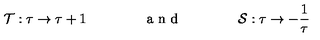
{ \cal T } : \tau \rightarrow \tau + 1 \qquad \qquad \textrm { a n d } \qquad \qquad { \cal S } : \tau \rightarrow - \frac { 1 } { \tau }